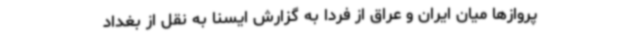
پروازها میان ایران و عراق از فردا به گزارش ایسنا به نقل از بغداد